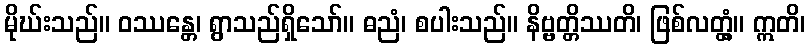
မိုဃ်းသည်။ ဝဿန္တေ၊ ရွာသည်ရှိသော်။ ဓညံ၊ စပါးသည်။ နိဗ္ဗတ္တိဿတိ၊ ဖြစ်လတ္တံ့။ ဣတိ၊